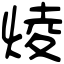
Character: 𤊥